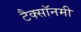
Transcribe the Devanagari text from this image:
टैक्सॉनमी